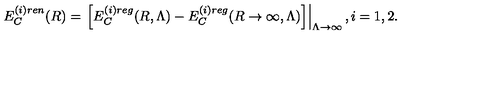
E _ { C } ^ { ( i ) r e n } ( R ) = \left. \left[ E _ { C } ^ { ( i ) r e g } ( R , \Lambda ) - E _ { C } ^ { ( i ) r e g } ( R \to \infty , \Lambda ) \right] \right| _ { \Lambda \to \infty } , i = 1 , 2 .